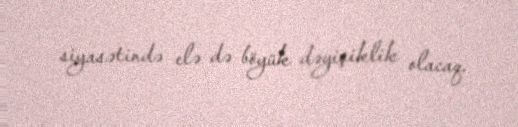
siyasətində elə də böyük dəyişiklik olacaq.